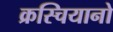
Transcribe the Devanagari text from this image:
क्रस्चियानो